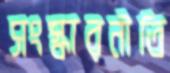
সংস্কারনীতি